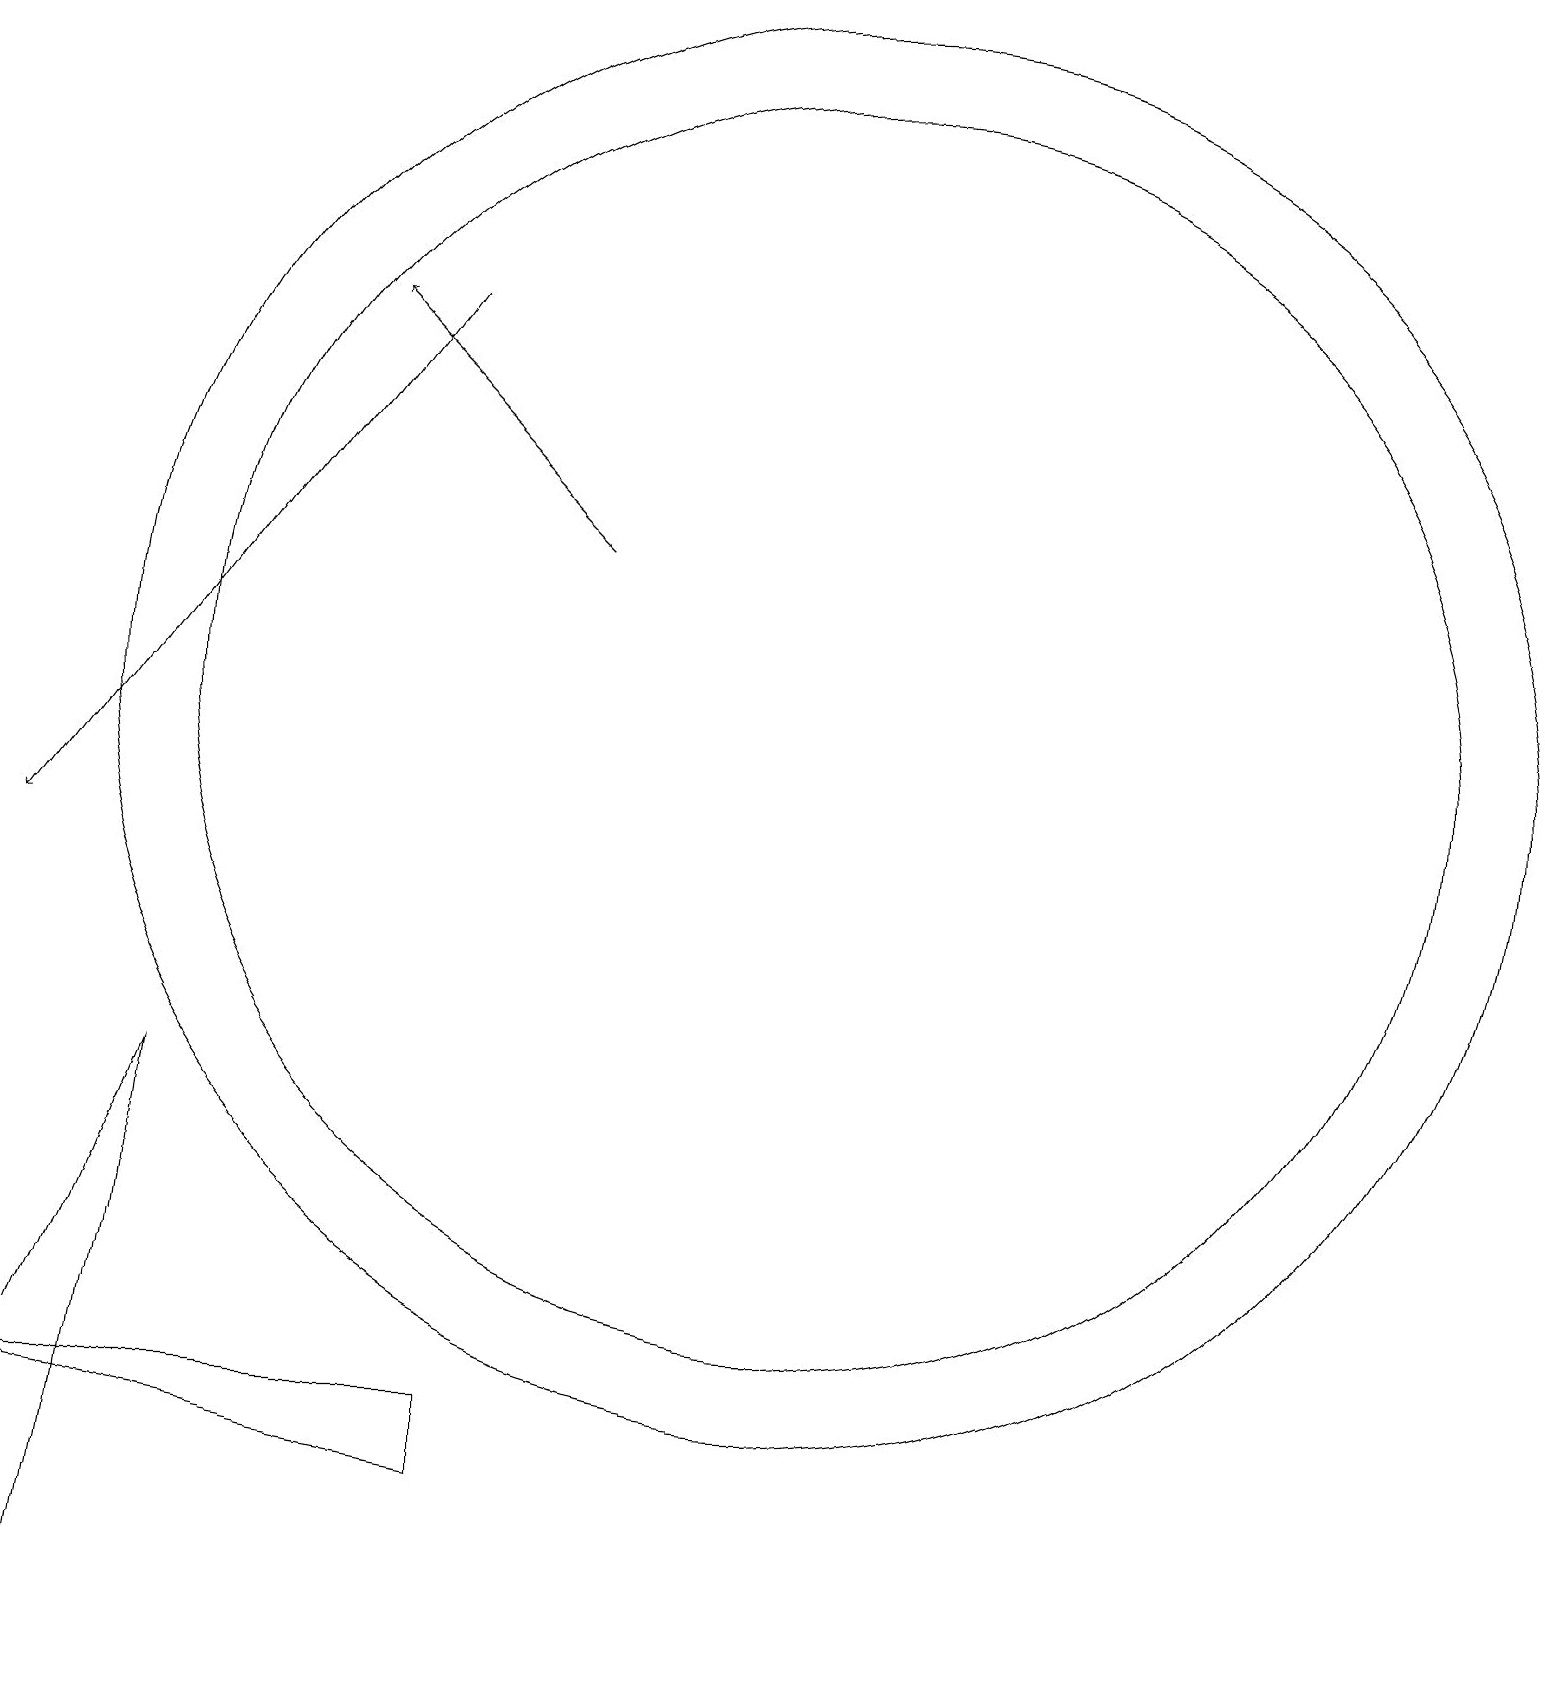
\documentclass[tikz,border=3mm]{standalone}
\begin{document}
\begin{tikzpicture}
\draw[->] (6,17) -- (1,10);
\draw (1,2) -- (3,7) -- (2,0) -- cycle;
\draw[->] (8,14) -- (5,17);
\draw (7,3) -- (7,2) -- (1,3) -- cycle;
\draw (11,12) circle (8);
\draw (11,12) circle (9);
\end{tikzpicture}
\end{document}